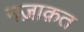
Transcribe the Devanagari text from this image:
नज़ाक़त